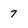
Character: 7